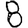
Digit: 8